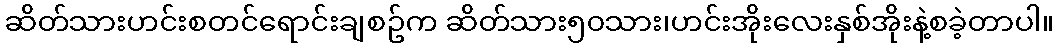
ဆိတ်သားဟင်းစတင်ရောင်းချစဥ်က ဆိတ်သား၅၀သား၊ဟင်းအိုးလေးနှစ်အိုးနဲ့စခဲ့တာပါ။